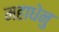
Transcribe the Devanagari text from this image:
महाधेनु